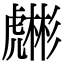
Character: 𧈇